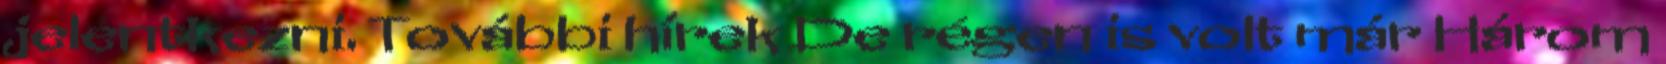
jelentkezni. További hírek De régen is volt már Három